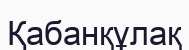
Қабанқұлақ